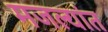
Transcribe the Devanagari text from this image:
मजल्यांत